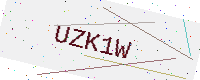
Text: UZK1W